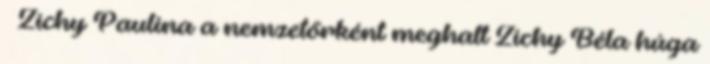
– Zichy Paulina a nemzetőrként meghalt Zichy Béla húga